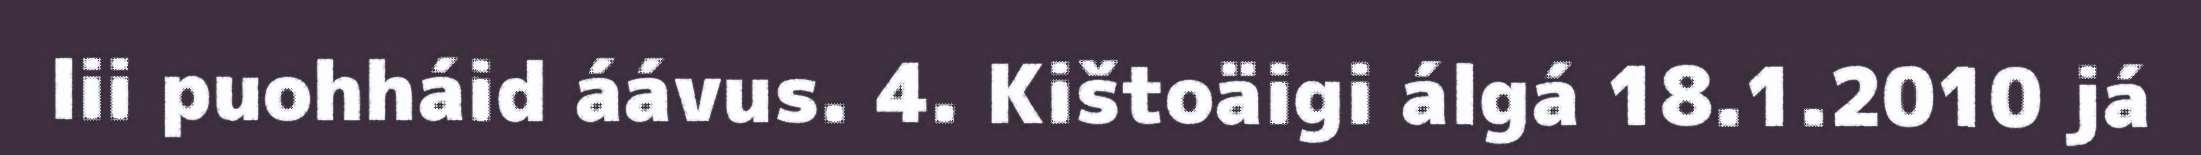
lii puohháid áávus. 4. Kištoäigi álgá 18.1.2010 já